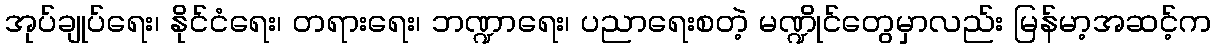
အုပ်ချုပ်ရေး၊ နိုင်ငံရေး၊ တရားရေး၊ ဘဏ္ဍာရေး၊ ပညာရေးစတဲ့ မဏ္ဍိုင်တွေမှာလည်း မြန်မာ့အဆင့်က